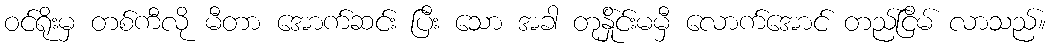
ဝင်ရိုးမှ တစ်ကီလို မီတာ အောက်ဆင်း ပြီး သော အခါ တုန်ှိုင်းမမှီ လောက်အောင် တည်ငြိမ် လာသည်။